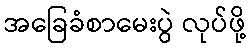
အခြေခံစာမေးပွဲ လုပ်ဖို့